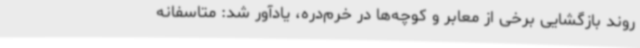
روند بازگشایی برخی از معابر و کوچه‌ها در خرم‌دره، یادآور شد: متاسفانه